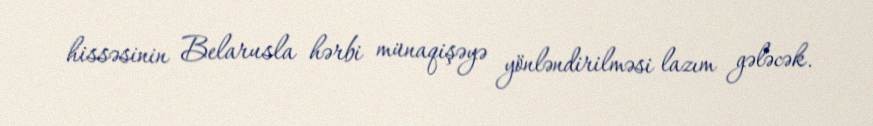
hissəsinin Belarusla hərbi münaqişəyə yönləndirilməsi lazım gələcək.